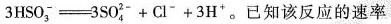
3 \mathrm{HSO}_{3}^{-}=3 \mathrm{SO}_{4}^{2-}+\mathrm{Cl}^{-}+3 \mathrm{H}^{+}。已知该反应的速率